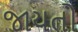
જાયતો